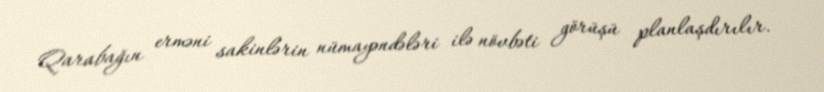
Qarabağın erməni sakinlərin nümayəndələri ilə növbəti görüşü planlaşdırılır.